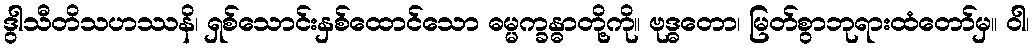
ဒွါသီတိသဟဿနိ၊ ရှစ်သောင်းနှစ်ထောင်သော ဓမ္မက္ခန္ဓာတို့ကို။ ဗုဒ္ဓတော၊ မြတ်စွာဘုရားထံတော်မှ။ ဝါ၊